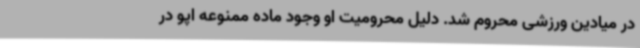
در میادین ورزشی محروم شد. دلیل محرومیت او وجود ماده ممنوعه اپو در